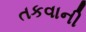
તકવાની